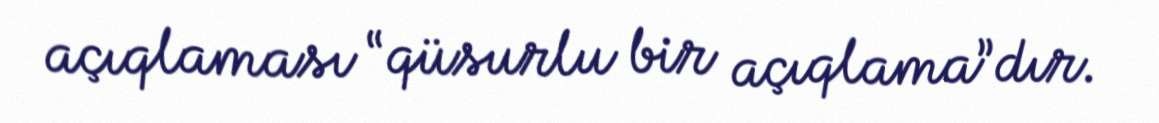
açıqlaması “qüsurlu bir açıqlama”dır.